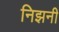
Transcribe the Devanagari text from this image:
निझनी